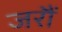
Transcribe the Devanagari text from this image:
जरौं